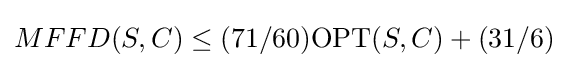
MFFD(S,C)\leq (71/60)\mathrm {OPT} (S,C)+(31/6)